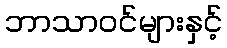
ဘာသာဝင်များနှင့်